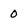
Character: 0